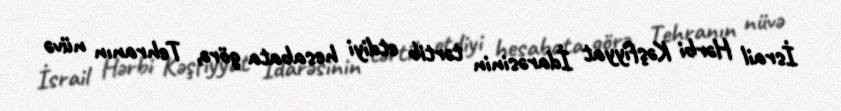
İsrail Hərbi Kəşfiyyat İdarəsinin tərtib etdiyi hesabata görə, Tehranın nüvə